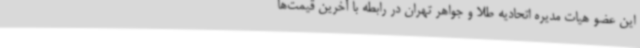
این عضو هیات مدیره اتحادیه طلا و جواهر تهران در رابطه با آخرین قیمت‌ها